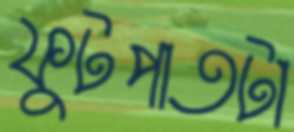
ফুটপাতটা